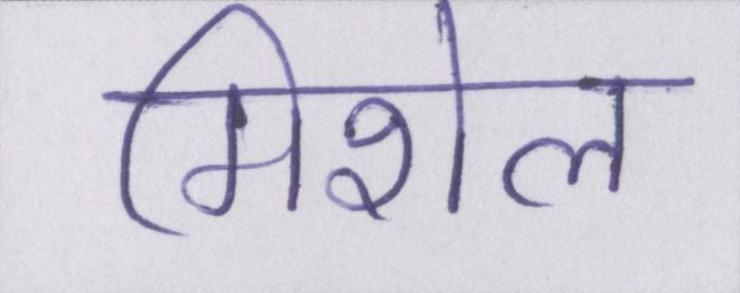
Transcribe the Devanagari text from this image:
मिशेल